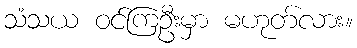
သံသယ ဝင်ကြဦးမှာ မဟုတ်လား။